Scientific memoirs by medical officers of the Army of India - Part VII,
Year: 1892
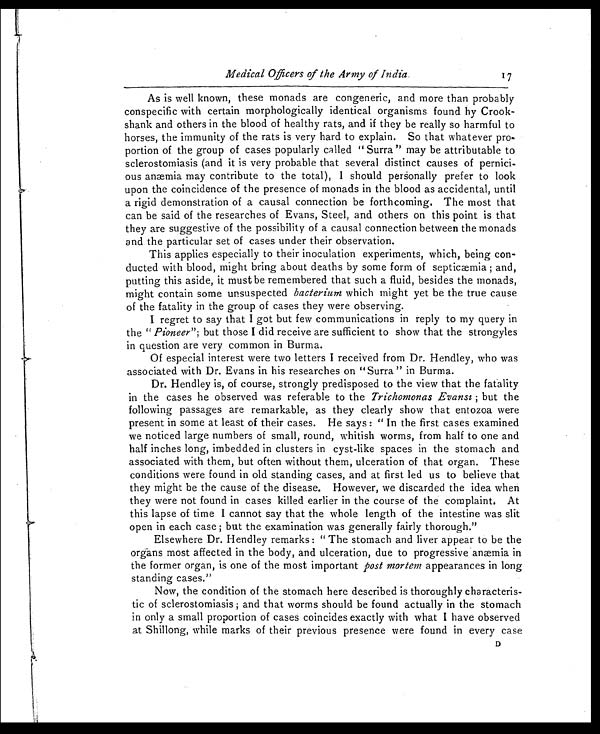
Medical Officers of the Army of India.
17
As is well known, these monads are congeneric, and more than probably
conspecific with certain morphologically identical organisms found by Crook-
shank and others in the blood of healthy rats, and if they be really so harmful to
horses, the immunity of the rats is very hard to explain. So that whatever pro-
portion of the group of cases popularly called " Surra " may be attributable to
sclerostomiasis (and it is very probable that several distinct causes of pernici-
ous anæmia may contribute to the total), I should personally prefer to look
upon the coincidence of the presence of monads in the blood as accidental, until
a rigid demonstration of a causal connection be forthcoming. The most that
can be said of the researches of Evans, Steel, and others on this point is that
they are suggestive of the possibility of a causal connection between the monads
and the particular set of cases under their observation.
This applies especially to their inoculation experiments, which, being con-
ducted with blood, might bring about deaths by some form of septicæmia ; and,
putting this aside, it must be remembered that such a fluid, besides the monads,
might contain some unsuspected bacterium which might yet be the true cause
of the fatality in the group of cases they were observing.
I regret to say that I got but few communications in reply to my query in
the " Pioneer "; but those I did receive are sufficient to show that the strongyles
in question are very common in Burma.
Of especial interest were two letters I received from Dr. Hendley, who was
associated with Dr. Evans in his researches on "Surra " in Burma.
Dr. Hendley is, of course, strongly predisposed to the view that the fatality
in the cases he observed was referable to the Trichomonas Evansi ; but the
following passages are remarkable, as they clearly show that entozoa were
present in some at least of their cases. He says : " In the first cases examined
we noticed large numbers of small, round, whitish worms, from half to one and
half inches long, imbedded in clusters in cyst-like spaces in the stomach and
associated with them, but often without them, ulceration of that organ. These
conditions were found in old standing cases, and at first led us to believe that
they might be the cause of the disease. However, we discarded the idea when
they were not found in cases killed earlier in the course of the complaint. At
this lapse of time I cannot say that the whole length of the intestine was slit
open in each case ; but the examination was generally fairly thorough."
Elsewhere Dr. Hendley remarks : " The stomach and liver appear to be the
organs most affected in the body, and ulceration, due to progressive anæmia in
the former organ, is one of the most important post mortem appearances in long
standing cases."
Now, the condition of the stomach here described is thoroughly characteris-
tic of sclerostomiasis ; and that worms should be found actually in the stomach
in only a small proportion of cases coincides exactly with what I have observed
at Shillong, while marks of their previous presence were found in every case
D